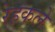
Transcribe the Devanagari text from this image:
रेहकले